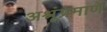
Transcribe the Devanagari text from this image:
अश्रूंप्रमाणे